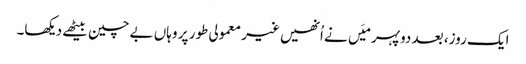
ایک روز، بعد دوپہر میَں نے اُنھیں غیر معمولی طور پر وہاں بے چین بیٹھے دیکھا۔